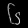
Digit: ၆